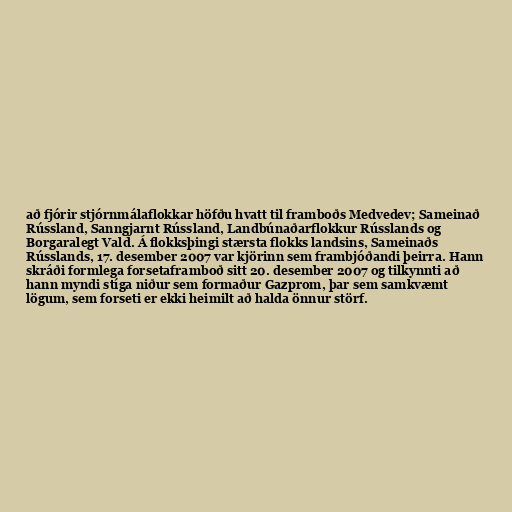
að fjórir stjórnmálaflokkar höfðu hvatt til framboðs Medvedev; Sameinað
Rússland, Sanngjarnt Rússland, Landbúnaðarflokkur Rússlands og
Borgaralegt Vald. Á flokksþingi stærsta flokks landsins, Sameinaðs
Rússlands, 17. desember 2007 var kjörinn sem frambjóðandi þeirra. Hann
skráði formlega forsetaframboð sitt 20. desember 2007 og tilkynnti að
hann myndi stíga niður sem formaður Gazprom, þar sem samkvæmt
lögum, sem forseti er ekki heimilt að halda önnur störf.